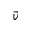
\vec { v }